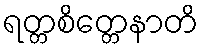
ရတ္တစိတ္တေနာတိ